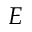
E